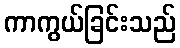
ကာကွယ်ခြင်းသည်